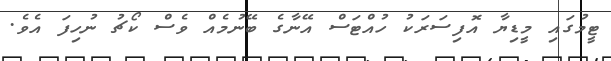
ޓީމުގައި މީޑިޔާ އޮފިސަރަކު ހުއްޓަސް އޭނާގެ ބޭނުމެއް ވެސް ކޯޗު ނުހިފަ އެވެ.